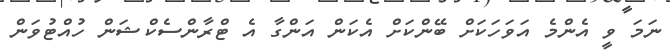
ނަމަ ވީ އެންމެ އަވަހަކަށް ބޭންކަށް އެކަން އަންގާ އެ ޓްރާންސެކްޝަން ހުއްޓުވަން